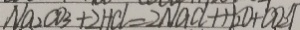
N a _ { 2 } C O _ { 3 } + 2 H C l = 2 N a C l + H _ { 2 } O + C O _ { 2 } \uparrow